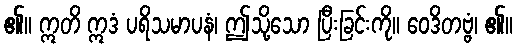
၏။ ဣတိ ဣဒံ ပရိသမာပနံ၊ ဤသို့သော ပြီးခြင်းကို။ ဝေဒိတဗ္ဗံ၊ ၏။